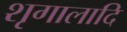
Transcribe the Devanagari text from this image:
शृगालादि